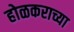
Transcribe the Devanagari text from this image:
होळकराच्या